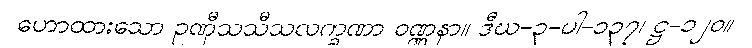
ဟောထားသော ဥဏှီသသီသလက္ခဏာ ဝဏ္ဏနာ။ ဒီဃ-၃-ပါ-၁၃၇၊ ဋ္ဌ-၁၂၀။